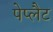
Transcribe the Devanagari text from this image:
पेप्लैट